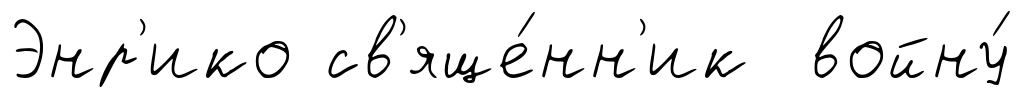
Энр'ико св'яще́нн'ик войну́